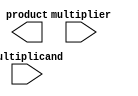
module dadda_multiplier #(parameter M = 4, N = 4) (
    input [M-1:0] multiplicand,
    input [N-1:0] multiplier,
    output reg [M+N-1:0] product
);

    // Partial product matrix
    wire [M-1:0] pp [N-1:0]; // Partial products

    // Generate partial products
    genvar i, j;
    generate
        for (i = 0; i < N; i = i + 1) begin : pp_gen
            for (j = 0; j < M; j = j + 1) begin : pp_row
                assign pp[i][j] = multiplier[i] & multiplicand[j];
            end
        end
    endgenerate

    // Stage 1: Reduction
    wire [M+N-1:0] sum_stage1 [0:2]; // Sums for the first stage
    wire [M+N-1:0] carry_stage1 [0:2]; // Carries for the first stage

    // Reduction logic
    // Combine the partial products in groups
    generate
        for (i = 0; i < M + N; i = i + 1) begin : reduction_stage1
            assign {carry_stage1[0][i], sum_stage1[0][i]} = pp[0][i] + pp[1][i] + pp[2][i];
        end
    endgenerate

    // Stage 2: Further reduction
    wire [M+N-1:0] sum_stage2 [0:1];
    wire [M+N-1:0] carry_stage2 [0:1];

    generate
        for (i = 0; i < M + N; i = i + 1) begin : reduction_stage2
            assign {carry_stage2[0][i], sum_stage2[0][i]} = sum_stage1[0][i] + sum_stage1[1][i] + sum_stage1[2][i];
        end
    endgenerate

    // Final addition of the reduced rows
    always @(*) begin
        product = sum_stage2[0] + carry_stage2[0];
    end
endmodule